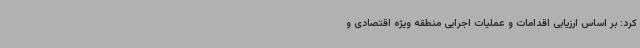
کرد: بر اساس ارزیابی اقدامات و عملیات اجرایی منطقه ویژه اقتصادی و